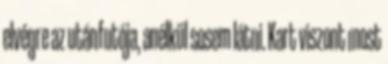
elvégre az utánfutója, anélkül sosem látni. Kart viszont most